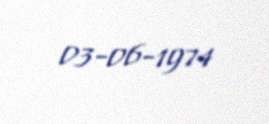
03-06-1974